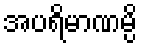
အပရိမာဏမ္ပိ